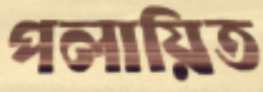
পলায়িত